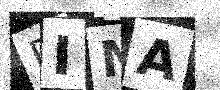
Text: EIMA